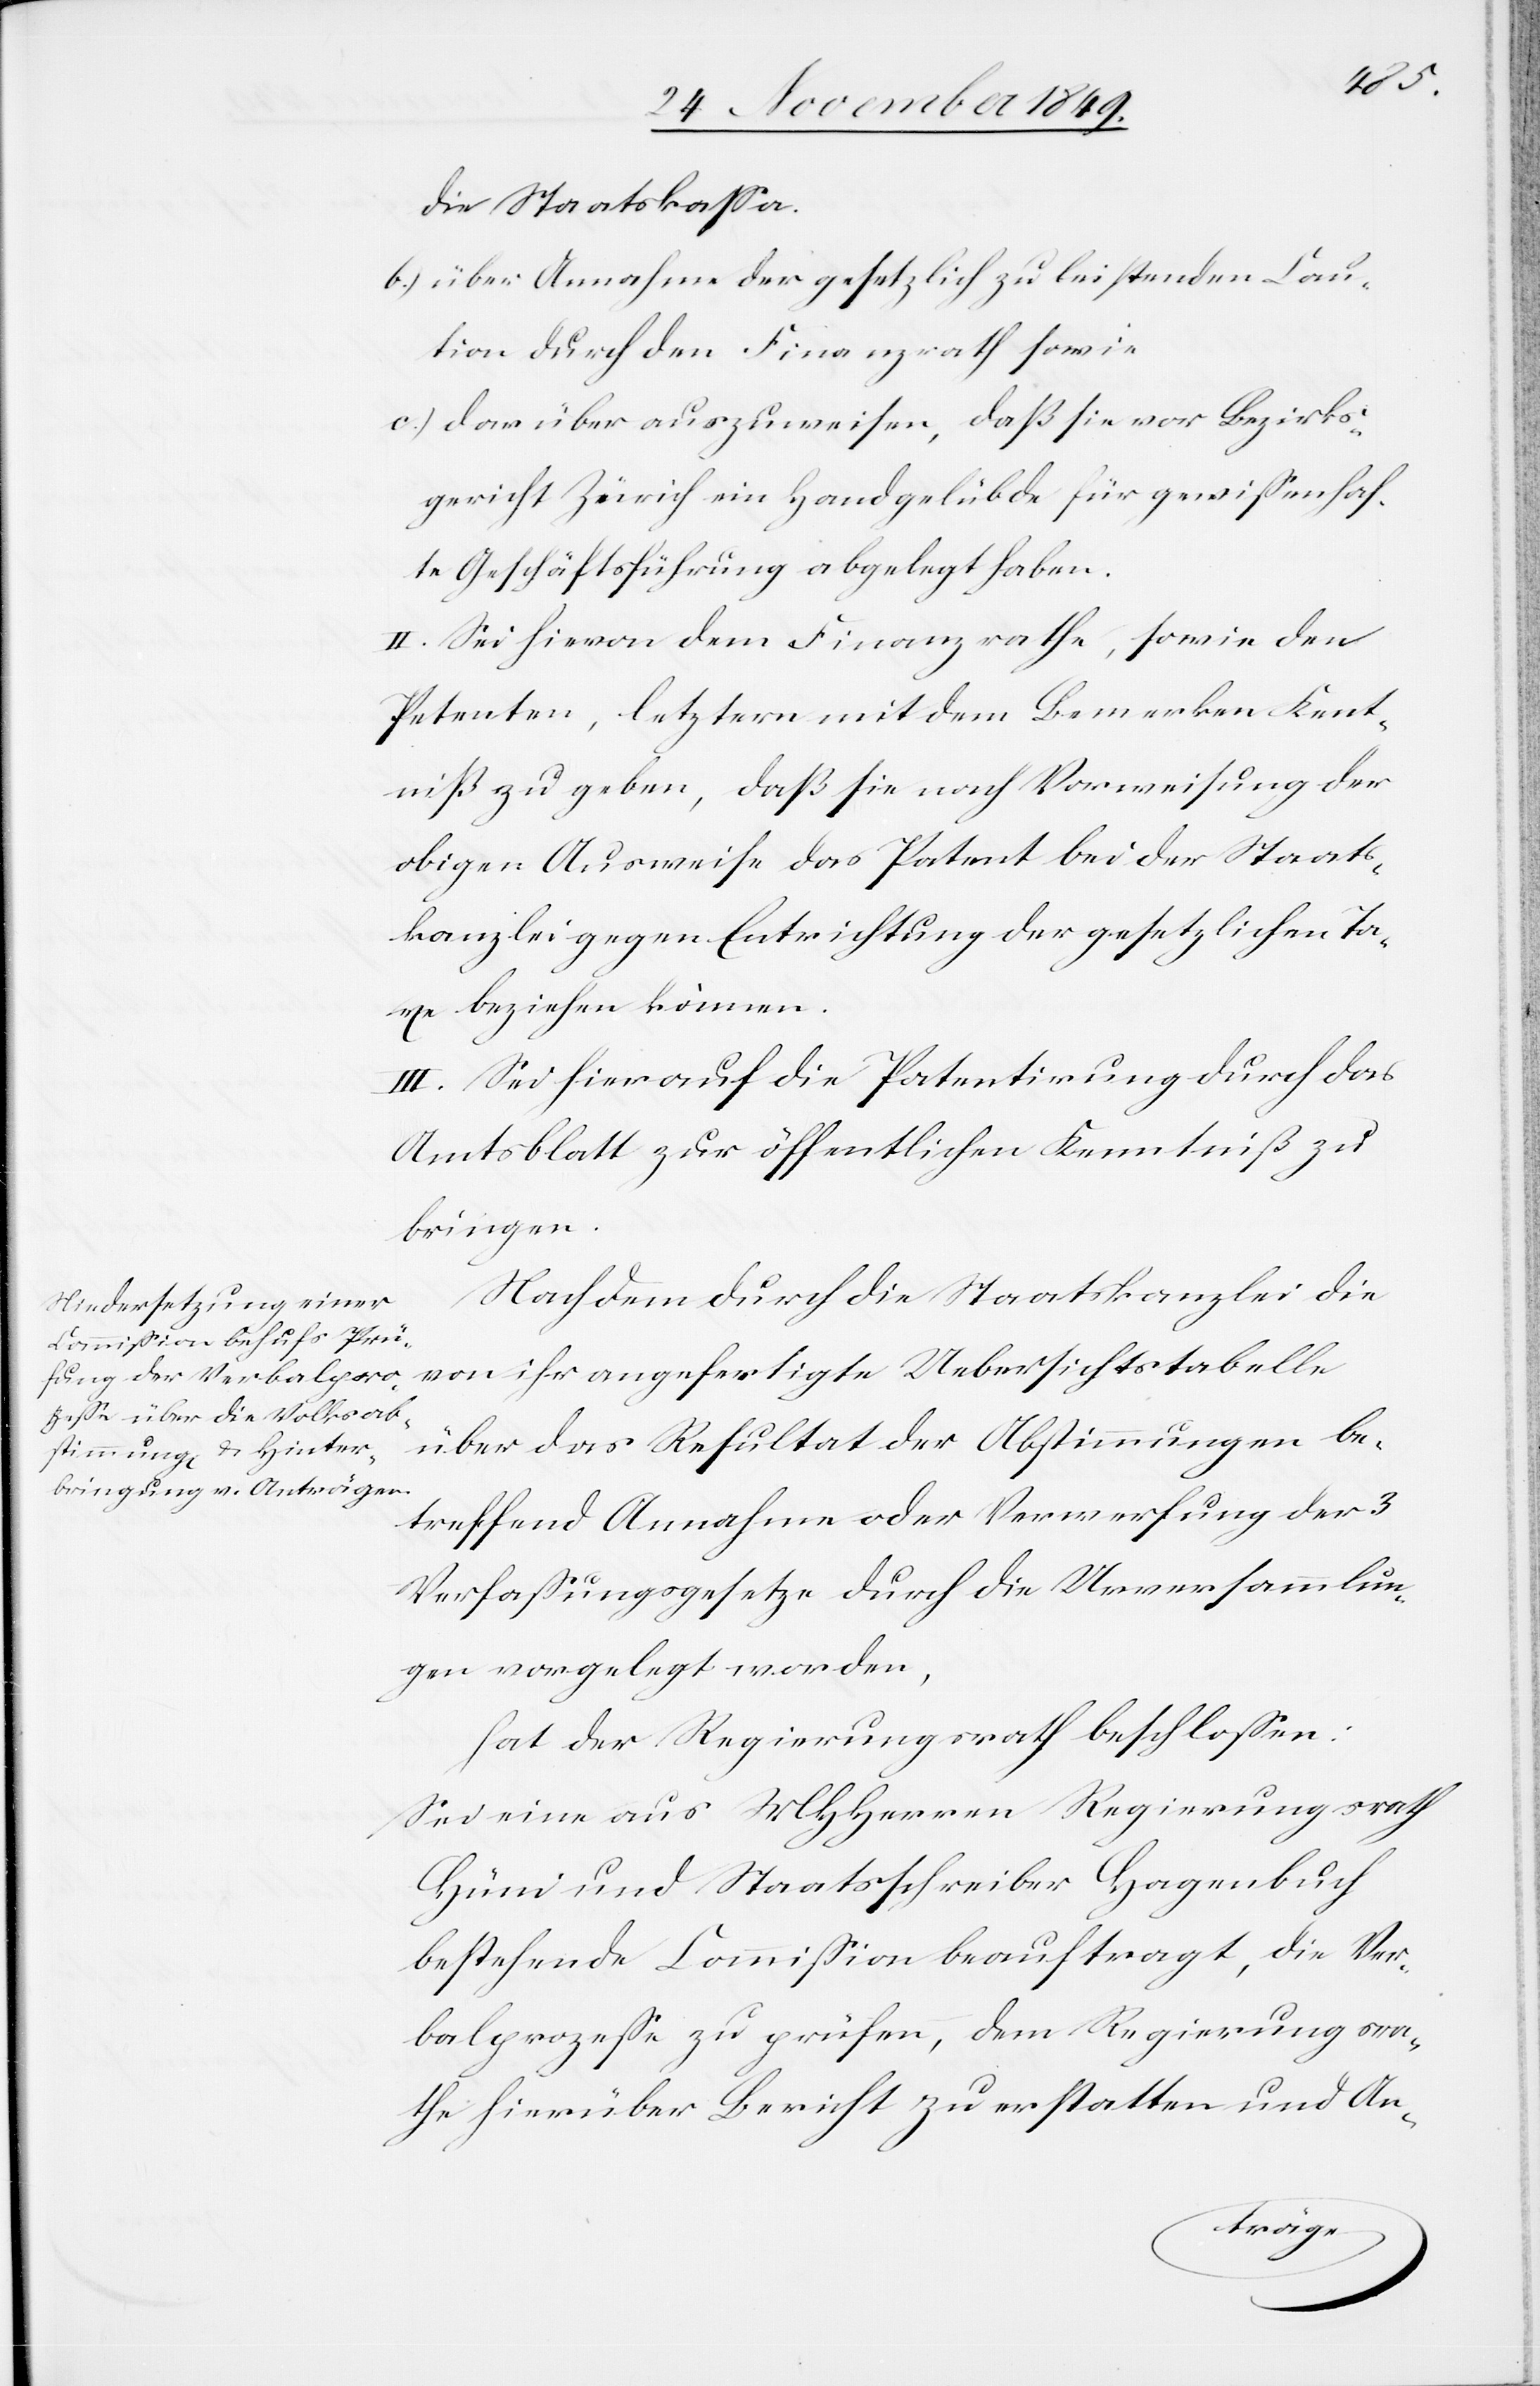
die Staatskaßa.
b.) über Annahme der gesetzlich zu leistenden Cau¬
tion durch den Finanzrath sowie
c.) darüber auszuweisen, daß sie vor Bezirks¬
gericht Zürich ein Handgelübde für gewißenhaf¬
te Geschäftsführung abgelegt haben.
II. Sei hievon dem Finanzrathe, sowie den
Petenten, letztern mit dem Bemerken Kennt¬
niß zu geben, daß sie nach Vorweisung der
obigen Ausweise das Patent bei der Staats¬
kanzlei gegen Entrichtung der gesetzlichen Ta¬
xe beziehen können.
III. Sei hierauf die Patentirung durch das
Amtsblatt zur öffentlichen Kenntniß zu
bringen.
Nachdem durch die Staatskanzlei die
von ihr angefertigte Uebersichtstabelle
über das Resultat der Abstimmungen be¬
treffend Annahme oder Verwerfung der 3
Verfaßungsgesetze durch die Urversammlun¬
gen vorgelegt worden,
hat der Regierungsrath beschloßen:
Sei eine aus MHHerrn Regierungsrath
Hüni und Staatsschreiber Hagenbuch
bestehende Commißion beauftragt, die Ver¬
balprozeße zu prüfen, dem Regierungsra¬
the hierüber Bericht zu erstatten und An-